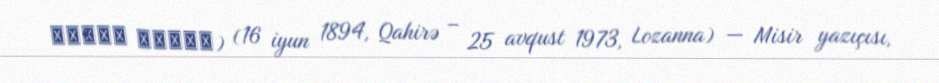
محمود تيمور) (16 iyun 1894, Qahirə – 25 avqust 1973, Lozanna) — Misir yazıçısı,